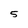
Character: 5